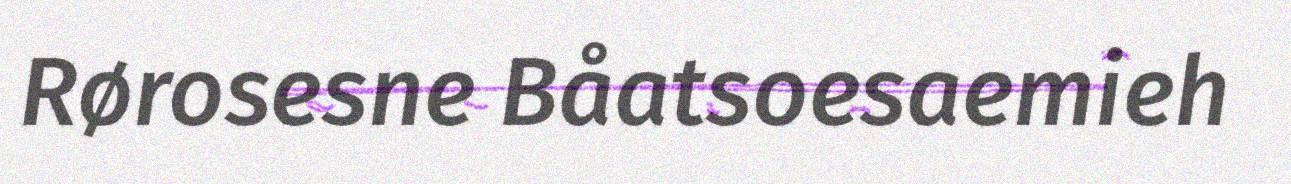
Rørosesne Båatsoesaemieh